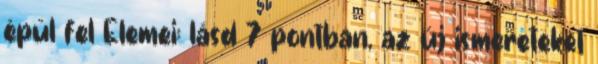
épül fel Elemei: lásd 7 pontban, az új ismereteket